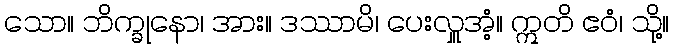
သော။ ဘိက္ခုနော၊ အား။ ဒဿာမိ၊ ပေးလှူအံ့။ ဣတိ ဧဝံ၊ သို့။